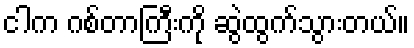
ငါက ဂစ်တာကြီးကို ဆွဲထွက်သွားတယ်။